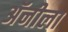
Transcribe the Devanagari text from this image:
अॅनीला